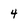
Character: 4